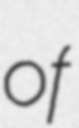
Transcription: of